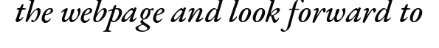
the webpage and look forward to